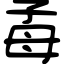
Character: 𣫮